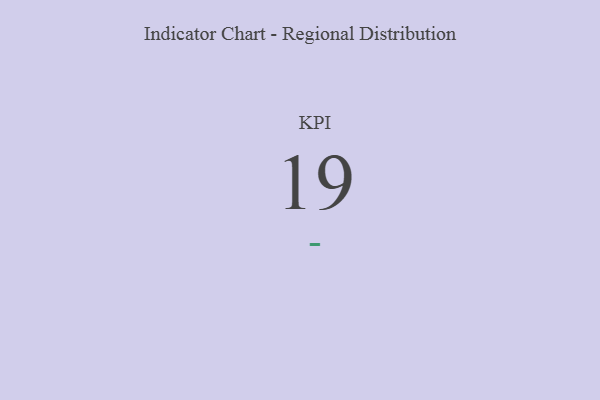
{"axis": {"x": "KPI", "y": "Value"}, "legend": [""], "data": [{"x": "KPI", "y": 19, "type": ""}]}